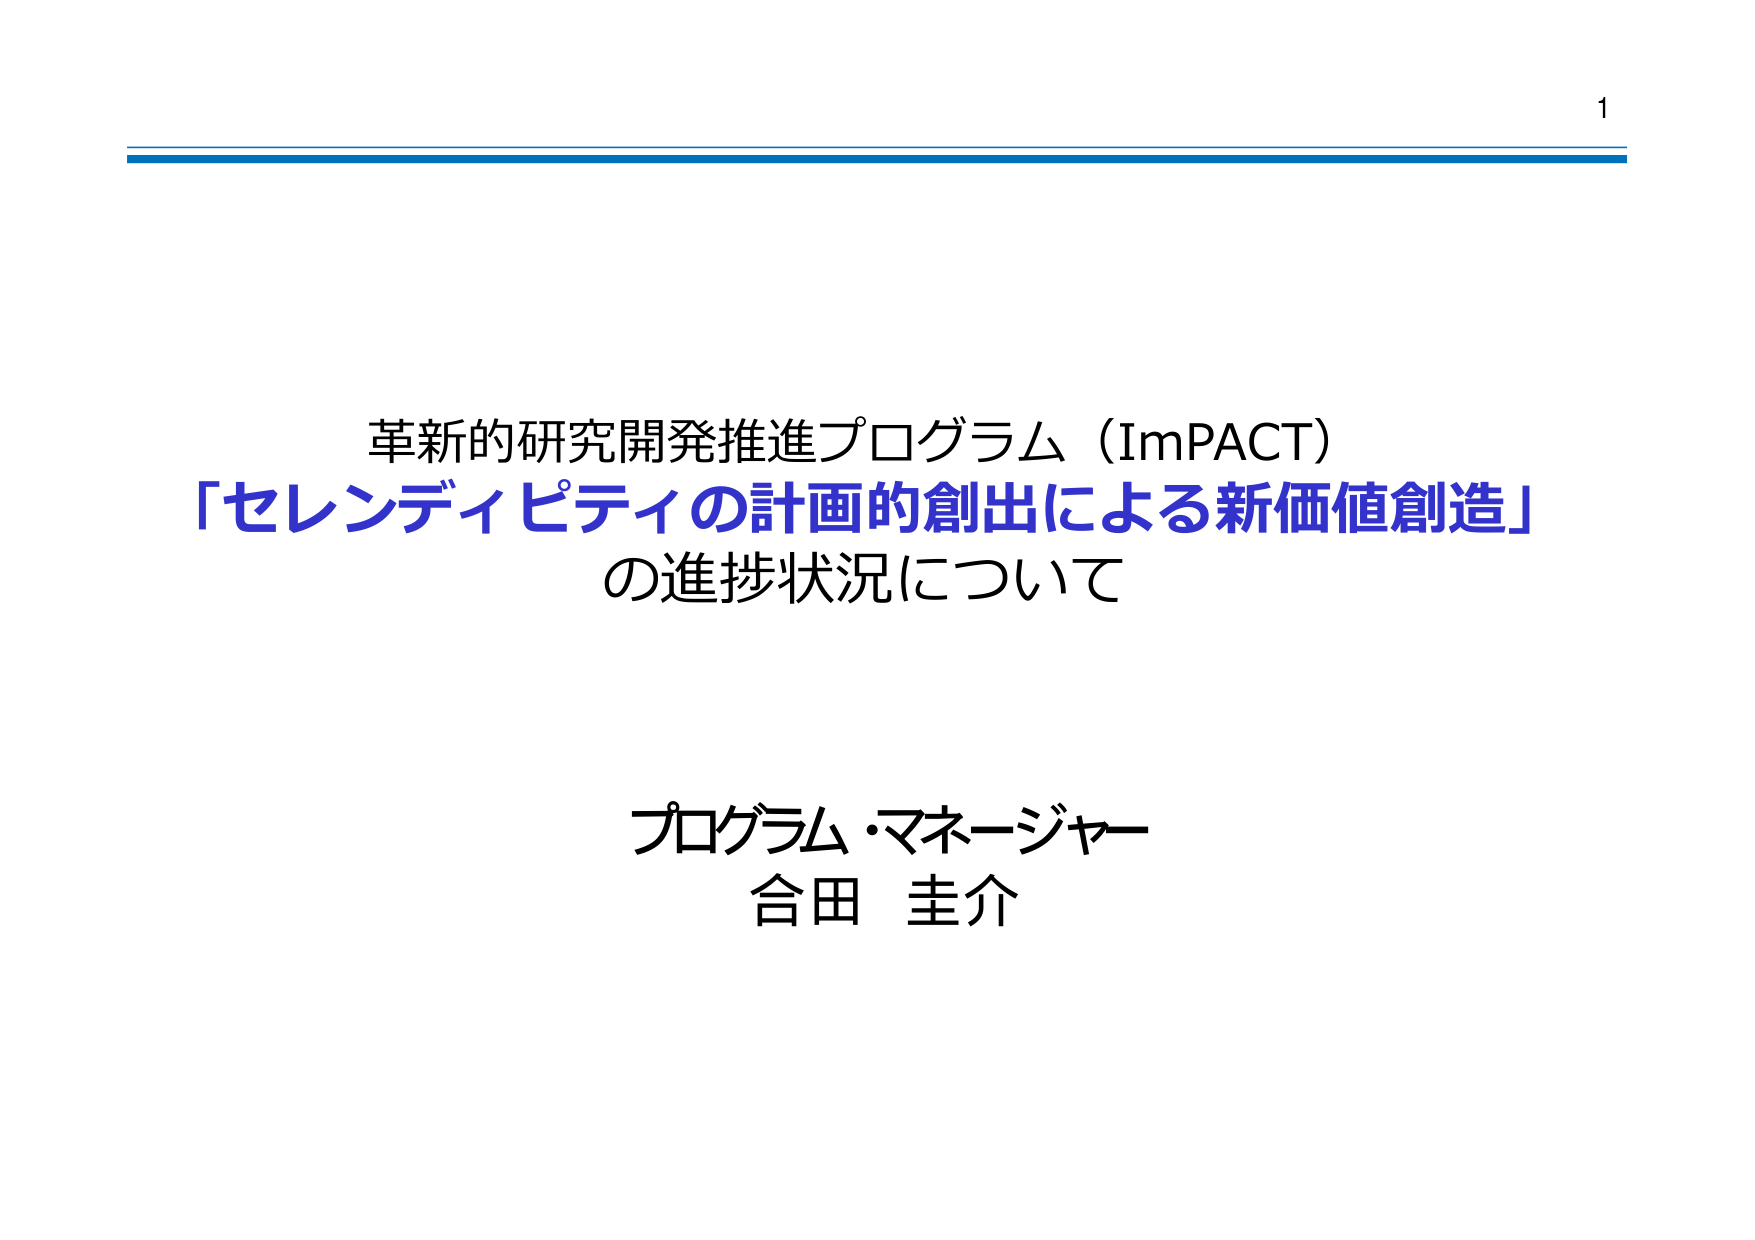
革新的研究開発推進プログラム（ImPACT）
「セレンディピティの計画的創出による新価値創造」
の進捗状況について

プログラム・マネージャー
合田 圭介

1